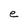
Character: e